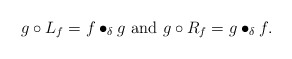
\begin{align*}g\circ L_f=f\bullet_\delta g\ \mbox{and}\ g\circ R_f=g\bullet_\delta f.\end{align*}